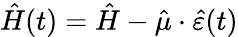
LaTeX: \hat{H}(t)=\hat{H}-\hat{\mu}\cdot\hat{\varepsilon}(t)